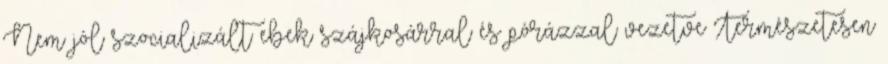
Nem jól szocializált ebek szájkosárral és pórázzal vezetve Természetesen